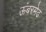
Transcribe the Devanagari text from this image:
ऊंबरमेढ